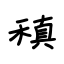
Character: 稹